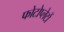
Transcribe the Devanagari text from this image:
फोटोप्लेटों